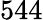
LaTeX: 544